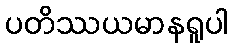
ပတိဿယမာနရူပါ